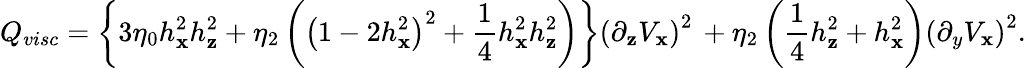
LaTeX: Q_{visc}=\left\{ 3\eta_{0}h_{\mathbf{x}}^{2}h_{\mathbf{z}}^{2}+\eta_{2}\left(\left(1-2h_{\mathbf{x}}^{2}\right)^{2}+\frac{{1}}{{4}}h_{\mathbf{x}}^{2}h_{\mathbf{z}}^{2}\right)\right\} \left(\partial_{\mathbf{z}}V_{\mathbf{x}}\right)^{2}\, +\eta_{2}\left(\frac{{1}}{{4}}h_{\mathbf{z}}^{2}+h_{\mathbf{x}}^{2}\right)\left(\partial_{y}V_{\mathbf{x}}\right)^{2}.